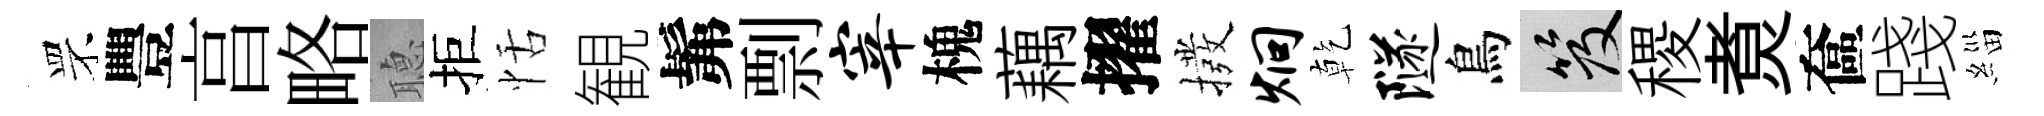
罘豐亯略𦗟拒恬観髴剽宰槐藕擢撥炯乾隧鳥笈稷煑奩踐緇